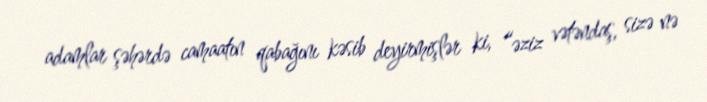
adamlar şəhərdə camaatın qabağını kəsib deyirmişlər ki, “əziz vətəndaş, sizə nə